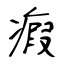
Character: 瘕